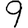
Digit: 9